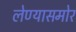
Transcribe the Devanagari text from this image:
लेण्यासमोर